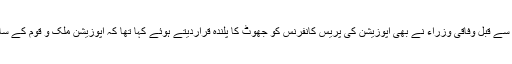
واضح رہے کہ اس سے قبل وفاقی وزراء نے بھی اپوزیشن کی پریس کانفرنس کو جھوٹ کا پلندہ قراردیتے ہوئے کہا تھا کہ اپوزیشن ملک و قوم کے ساتھ سنجیدہ نہیں ہے۔